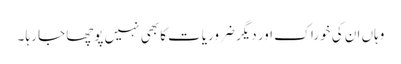
وہاں ان کی خوراک اور دیگر ضروریات کا بھی نہیں پوچھا جا رہا ۔